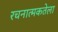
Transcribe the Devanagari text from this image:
रचनात्मकतेला